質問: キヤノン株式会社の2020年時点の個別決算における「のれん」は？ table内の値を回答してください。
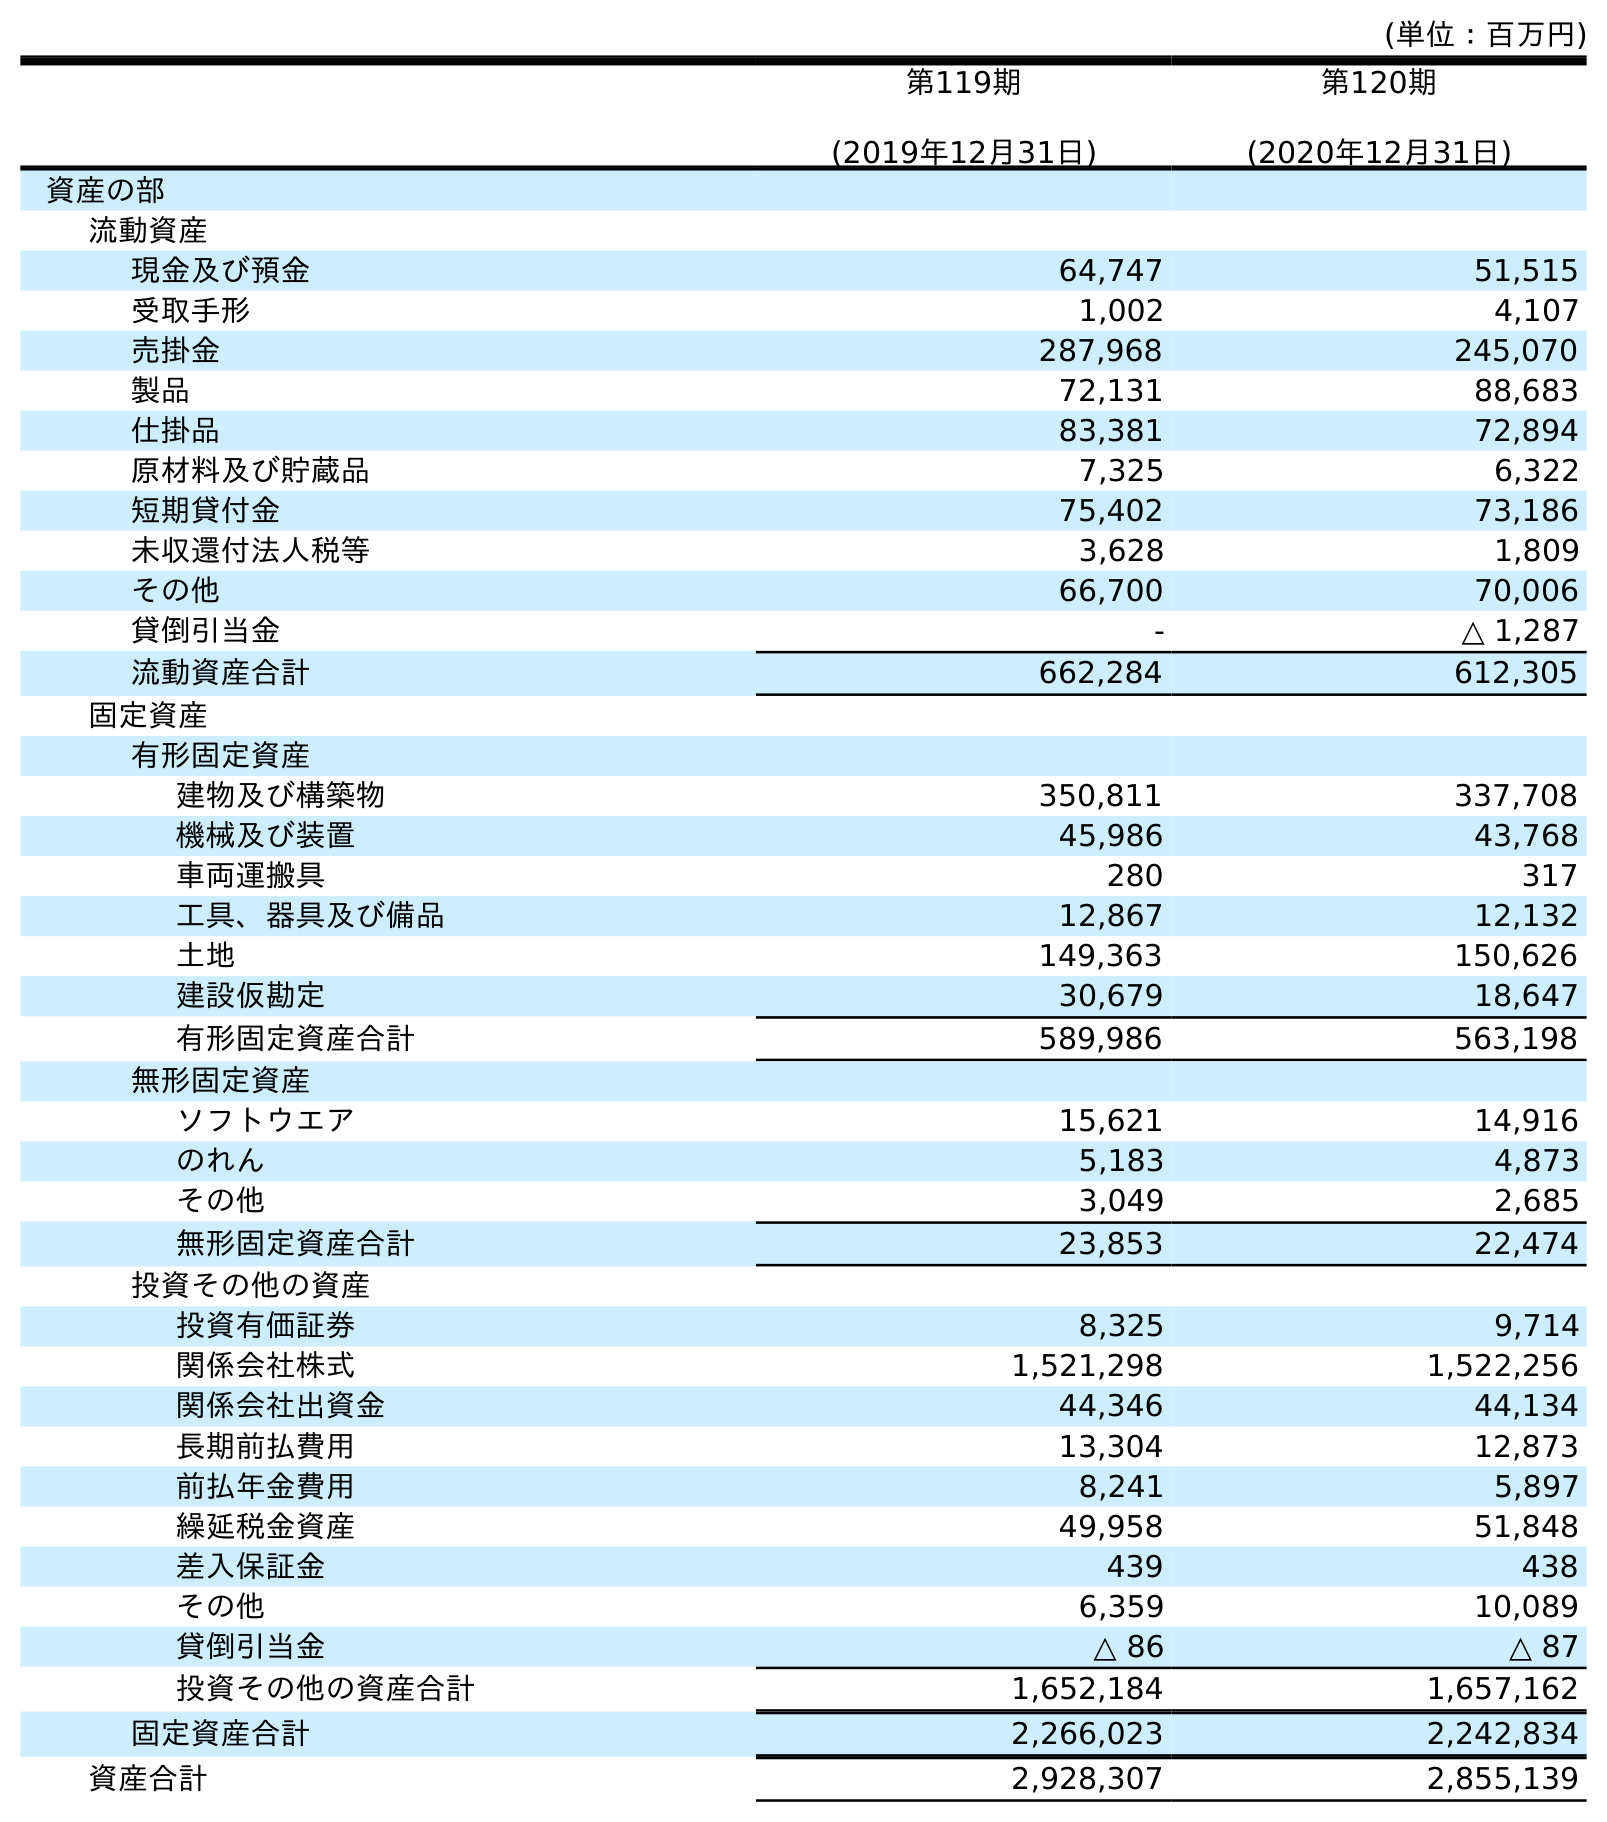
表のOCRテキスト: (単位：百万円) 第119期 (2019年12月31日) 第120期 (2020年12月31日) 資産の部 流動資産 現金及び預金 64,747 51,515 受取手形 1,002 4,107 売掛金 287,968 245,070 製品 72,131 88,683 仕掛品 83,381 72,894 原材料及び貯蔵品 7,325 6,322 短期貸付金 75,402 73,186 未収還付法人税等 3,628 1,809 その他 66,700 70,006 貸倒引当金 - △ 1,287 流動資産合計 662,284 612,305 固定資産 有形固定資産 建物及び構築物 350,811 337,708 機械及び装置 45,986 43,768 車両運搬具 280 317 工具、器具及び備品 12,867 12,132 土地 149,363 150,626 建設仮勘定 30,679 18,647 有形固定資産合計 589,986 563,198 無形固定資産 ソフトウエア 15,621 14,916 のれん 5,183 4,873 その他 3,049 2,685 無形固定資産合計 23,853 22,474 投資その他の資産 投資有価証券 8,325 9,714 関係会社株式 1,521,298 1,522,256 関係会社出資金 44,346 44,134 長期前払費用 13,304 12,873 前払年金費用 8,241 5,897 繰延税金資産 49,958 51,848 差入保証金 439 438 その他 6,359 10,089 貸倒引当金 △ 86 △ 87 投資その他の資産合計 1,652,184 1,657,162 固定資産合計 2,266,023 2,242,834 資産合計 2,928,307 2,855,139
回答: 4,873